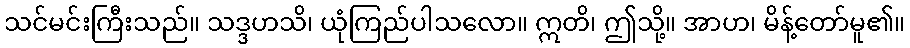
သင်မင်းကြီးသည်။ သဒ္ဒဟသိ၊ ယုံကြည်ပါသလော။ ဣတိ၊ ဤသို့။ အာဟ၊ မိန့်တော်မူ၏။